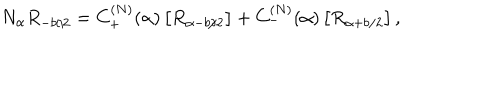
N _ { \alpha } R _ { - b / 2 } = C _ { + } ^ { ( N ) } ( \alpha ) \left[ R _ { \alpha - b / 2 } \right] + C _ { - } ^ { ( N ) } ( \alpha ) \left[ R _ { \alpha + b / 2 } \right] ,